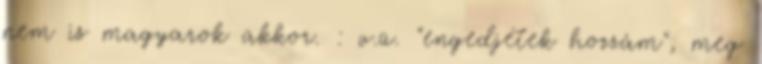
nem is magyarok akkor. : v.ü. "engedjétek hozzám", meg